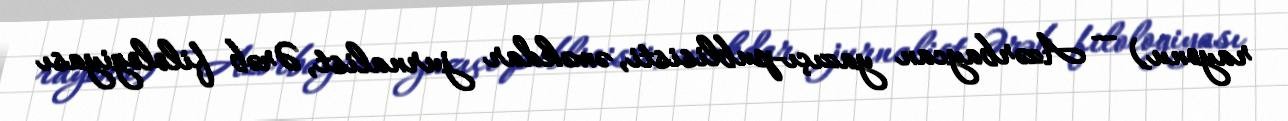
rayonu) — Azərbaycan yazıçı-publisisti, əməkdar jurnalist, Ərəb filologiyası